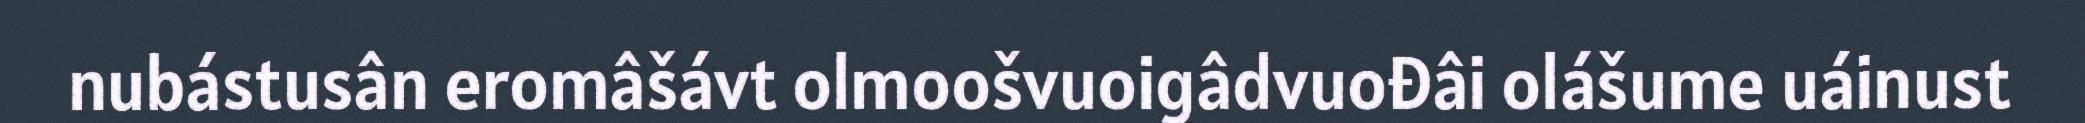
nubástusân eromâšávt olmoošvuoigâdvuođâi olášume uáinust